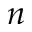
\boldsymbol { n }